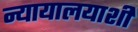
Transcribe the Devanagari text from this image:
न्यायालयाशी